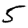
Digit: 5